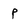
Character: p